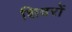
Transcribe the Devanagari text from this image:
शिवरों